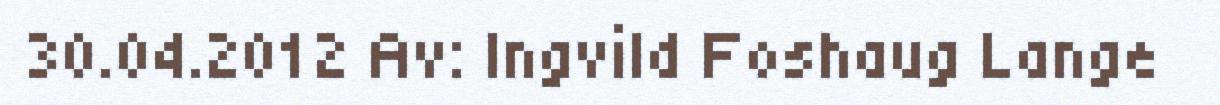
30.04.2012 Av: Ingvild Foshaug Lange